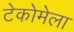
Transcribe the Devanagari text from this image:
टेकोमेला